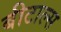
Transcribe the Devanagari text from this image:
बीटाल्स